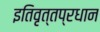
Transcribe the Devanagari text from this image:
इतिवृत्तप्रधान